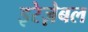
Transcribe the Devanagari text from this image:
इरेज़ेबल